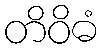
တိဝိဓံ